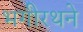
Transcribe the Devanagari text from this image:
भगीरथने